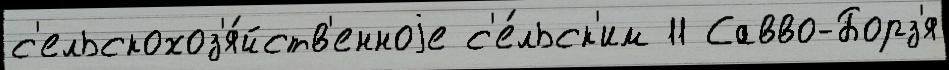
с'ельскохоз'я́йств'енноjе с'е́льск'им 11 Савво-Борз'я